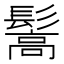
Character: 𩮘